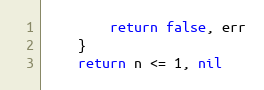
Language: Go
		return false, err
	}
	return n <= 1, nil